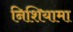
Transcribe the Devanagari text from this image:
निशियामा